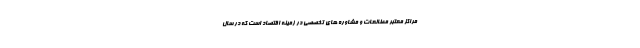
مراکز معتبر مطالعات و مشاوره های تخصصی در زمینه اقتصاد است که در سال